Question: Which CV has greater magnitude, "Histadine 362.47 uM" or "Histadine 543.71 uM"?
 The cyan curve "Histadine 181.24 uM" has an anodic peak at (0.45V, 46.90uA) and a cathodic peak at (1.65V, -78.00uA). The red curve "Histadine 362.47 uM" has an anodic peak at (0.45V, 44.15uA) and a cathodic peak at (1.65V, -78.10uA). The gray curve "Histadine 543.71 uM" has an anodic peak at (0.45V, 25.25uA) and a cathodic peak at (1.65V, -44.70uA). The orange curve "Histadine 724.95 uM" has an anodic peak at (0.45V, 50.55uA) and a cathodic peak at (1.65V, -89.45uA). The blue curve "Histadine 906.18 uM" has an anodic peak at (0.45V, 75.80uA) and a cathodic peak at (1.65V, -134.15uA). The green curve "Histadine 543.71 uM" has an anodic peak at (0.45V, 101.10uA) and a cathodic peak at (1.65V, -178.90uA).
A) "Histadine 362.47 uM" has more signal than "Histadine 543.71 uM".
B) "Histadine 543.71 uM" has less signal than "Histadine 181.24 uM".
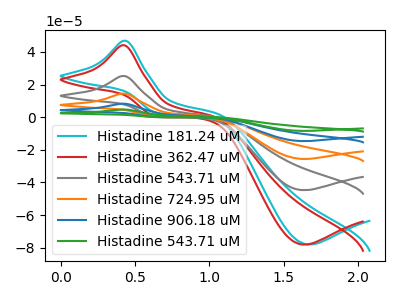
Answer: <think>All the peaks in "Histadine 362.47 uM" have a peak in "Histadine 543.71 uM" at the same potential. Every peak in "Histadine 362.47 uM" is higher than every peak in "Histadine 543.71 uM".
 </think>
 <answer>A) "Histadine 362.47 uM" has more signal than "Histadine 543.71 uM".</answer>
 <eval>A</eval>